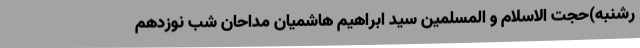
رشنبه)حجت الاسلام و المسلمین سید ابراهیم هاشمیان مداحان شب نوزدهم